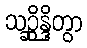
သဉ္ဆိန္ဒိတွာ